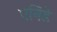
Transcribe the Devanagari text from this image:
एनिडे